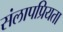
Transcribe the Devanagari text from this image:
संलापप्रियता